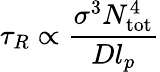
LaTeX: \tau_{R}\propto\frac{\sigma^{3}N_{\mathrm{tot}}^{4}}{Dl_{p}}